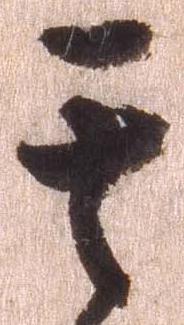
其